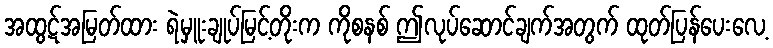
အထွဋ်အမြတ်ထား ရဲမှူးချုပ်မြင့်တိုးက ကိုစနစ် ဤလုပ်ဆောင်ချက်အတွက် ထုတ်ပြန်ပေးလေ့